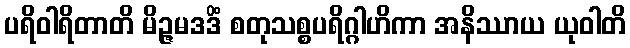
ပရိဝါရိတာတိ မိဉ္ဇမဒဒိံ စတုသစ္စပရိဂ္ဂါဟိကာ အနိဿာယ ယုဝါတိ